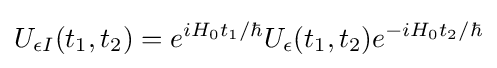
U_{\epsilon I}(t_{1},t_{2})=e^{iH_{0}t_{1}/\hbar }U_{\epsilon }(t_{1},t_{2})e^{-iH_{0}t_{2}/\hbar }